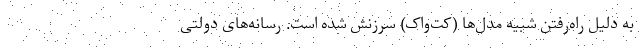
به دلیل راه‌رفتن شبیه مدل‌ها (کت‌واک) سرزنش شده است. رسانه‌های دولتی